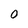
Character: 0